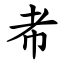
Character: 㠻